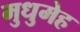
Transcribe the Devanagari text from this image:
मुधुमेह